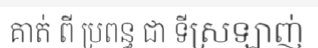
គាត់ ពី ប្រពន្ធ ជា ទីស្រឡាញ់